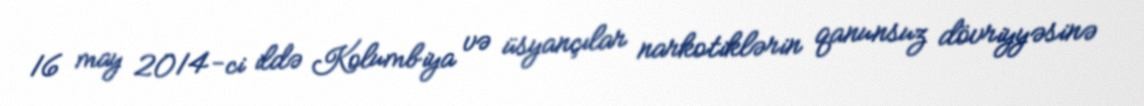
16 may 2014-ci ildə Kolumbiya və üsyançılar narkotiklərin qanunsuz dövriyyəsinə